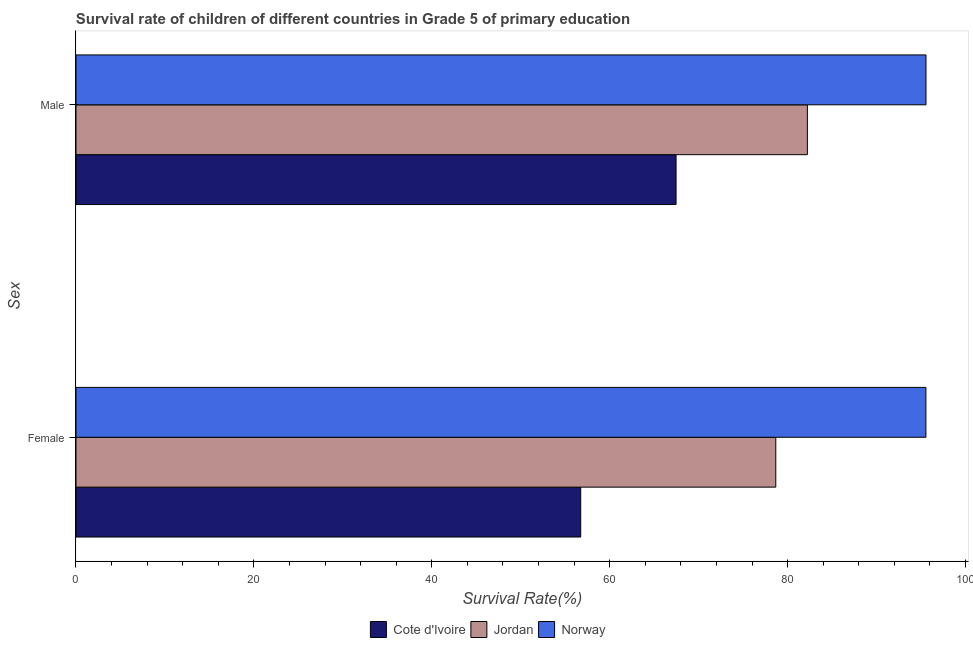
| Sex | Cote d'Ivoire | Jordan | Norway |
 | --- | --- | --- | --- |
 | Female | 56.7 | 78.7 | 95.5 |
 | Male | 67.5 | 82.2 | 95.6 |